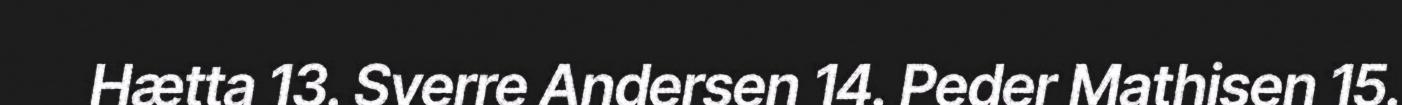
Hætta 13. Sverre Andersen 14. Peder Mathisen 15.